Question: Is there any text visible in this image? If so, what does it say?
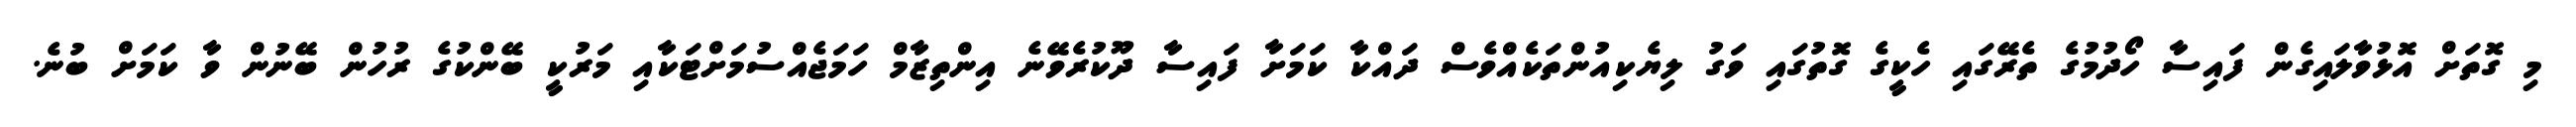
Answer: މި ގޮތަށް އޮޅުވާލައިގެން ފައިސާ ހޯދުމުގެ ތެރޭގައި ހެކީގެ ގޮތުގައި ވަގު ލިޔެކިއުންތަކެއްވެސް ދައްކާ ކަމަށާ ފައިސާ ދޫކުރެވޭނެ އިންތިޒާމް ހަމަޖެއްސުމަށްޓަކާއި މަރުކީ ބޭންކުގެ ރުހުން ބޭނުން ވާ ކަމަށް ބުނެ.